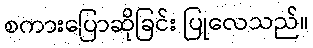
စကားပြောဆိုခြင်း ပြုလေသည်။